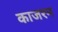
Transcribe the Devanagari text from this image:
काजरन